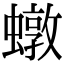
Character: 𧑒